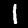
Digit: 1